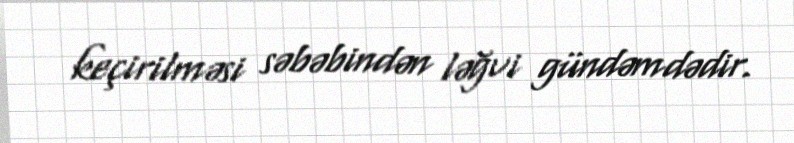
keçirilməsi səbəbindən ləğvi gündəmdədir.